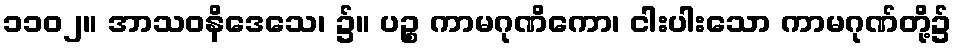
၁၁၀၂။ အာသဝနိဒေသေ၊ ၌။ ပဉ္စ ကာမဂုဏိကော၊ ငါးပါးသော ကာမဂုဏ်တို့၌